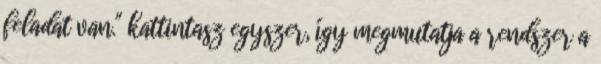
feladat van." kattintasz egyszer, így megmutatja a rendszer a